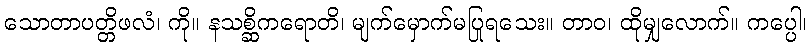
သောတာပတ္တိဖလံ၊ ကို။ နသစ္ဆိကရောတိ၊ မျက်မှောက်မပြုရသေး။ တာဝ၊ ထိုမျှလောက်။ ကပ္ပေါ၊